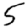
Digit: 5